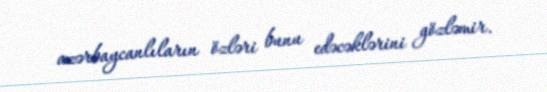
azərbaycanlıların özləri bunu edəcəklərini gözləmir.